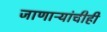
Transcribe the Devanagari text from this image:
जाणाऱ्यांचीही